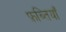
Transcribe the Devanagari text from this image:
फ़ब्तियाँ